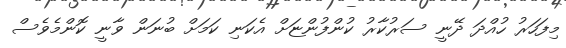
މިފަހަރު ހުއްދަ ދޭނީ ސަރުކާރު ކުންފުންޏަށް އެކަނި ކަމަށް ބުނަން ވާނީ ކޮންމެވެސް